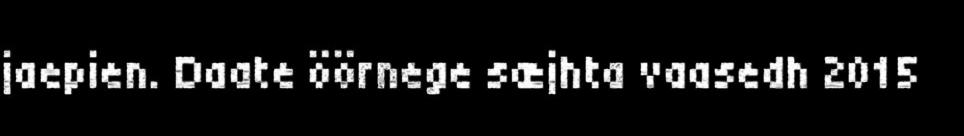
jaepien. Daate öörnege sæjhta vaasedh 2015